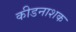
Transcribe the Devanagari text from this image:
कीडनाशक